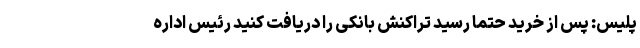
پلیس: پس از خرید حتماً رسید تراکنش بانکی را دریافت کنید رئیس اداره